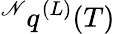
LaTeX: {}^{\mathscr{N}}q^{(L)}(T)